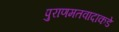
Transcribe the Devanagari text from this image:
पुराणमतवादाकडे